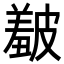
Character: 𥀞